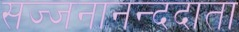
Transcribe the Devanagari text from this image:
सज्जनानन्ददाता